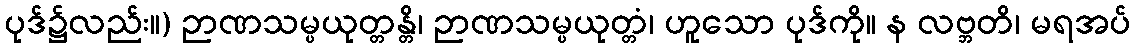
ပုဒ်၌လည်း။) ဉာဏသမ္ပယုတ္တန္တိ၊ ဉာဏသမ္ပယုတ္တံ၊ ဟူသော ပုဒ်ကို။ န လဗ္ဘတိ၊ မရအပ်